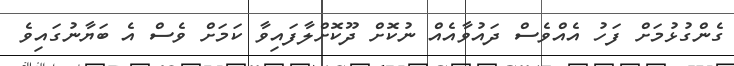
ގެންގުޅުމަށް ފަހު އެއްވެސް ދައުވާއެއް ނުކޮށް ދޫކޮށްލާފައިވާ ކަމަށް ވެސް އެ ބަޔާނުގައިވެ